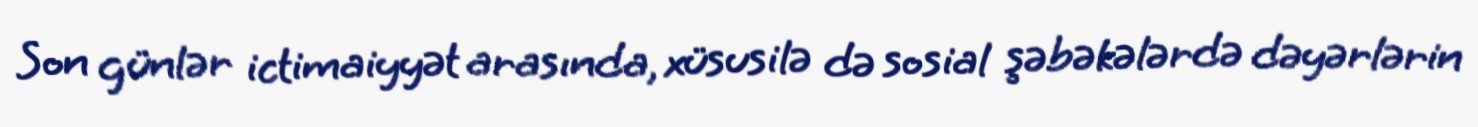
Son günlər ictimaiyyət arasında, xüsusilə də sosial şəbəkələrdə dəyərlərin